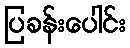
ပြခန်းပေါင်း